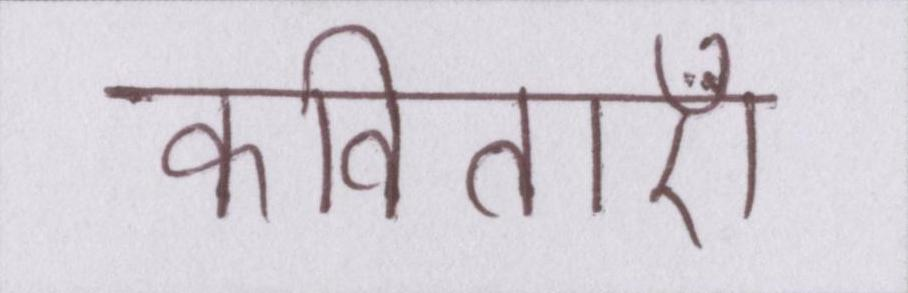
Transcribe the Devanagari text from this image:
कविताएँ